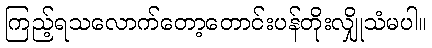
ကြည့်ရသလောက်တော့တောင်းပန်တိုးလျှိုသံမပါ။